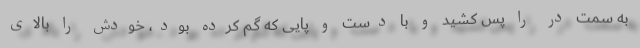
به سمت در را پس کشید و با دست و پایی که گم کرده بود، خودش را بالای